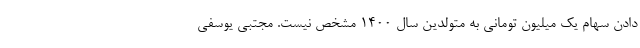
دادن سهام یک میلیون تومانی به متولدین سال ۱۴۰۰ مشخص نیست. مجتبی یوسفی